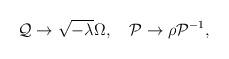
LaTeX: \begin{align*}{\cal Q}\rightarrow \sqrt{-\lambda}\Omega,\quad {\cal P}\rightarrow \rho{\cal P}^{-1},\end{align*}